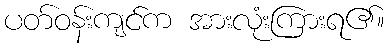
ပတ်ဝန်းကျင်က အားလုံးကြားရ၏။